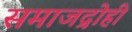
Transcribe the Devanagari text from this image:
समाजद्रोही